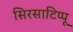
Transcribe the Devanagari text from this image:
सिरसाटिप्पू